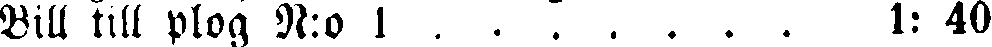
Bill till plog N:o 1 . . . . . . 1: 40